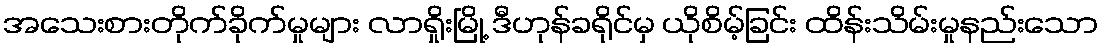
အသေးစားတိုက်ခိုက်မှုများ လာရှိုးမြို့ ဒီဟုန်ခရိုင်မှ ယိုစိမ့်ခြင်း ထိန်းသိမ်းမှုနည်းသော